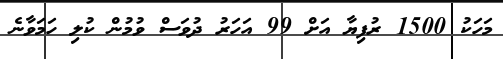
މަހަކު 1500 ރުފިޔާ އަށް 99 އަހަރު ދުވަސް ވުމުން ކުލި ހަމަވާނެ